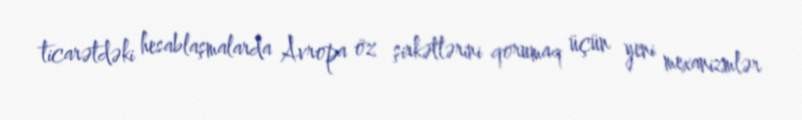
ticarətdəki hesablaşmalarda Avropa öz şirkətlərini qorumaq üçün yeni mexanizmlər